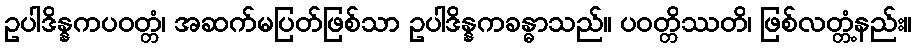
ဥပါဒိန္နကပဝတ္တံ၊ အဆက်မပြတ်ဖြစ်သာ ဥပါဒိန္နကခန္ဓာသည်။ ပဝတ္တိဿတိ၊ ဖြစ်လတ္တံ့နည်း။